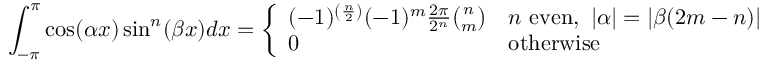
\int _ { - \pi } ^ { \pi } \cos ( \alpha x ) \sin ^ { n } ( \beta x ) d x = { \left\{ \begin{array} { l l } { ( - 1 ) ^ { \left( { \frac { n } { 2 } } \right) } ( - 1 ) ^ { m } { \frac { 2 \pi } { 2 ^ { n } } } { \binom { n } { m } } } & { n { \mathrm { ~ e v e n } } , \ | \alpha | = | \beta ( 2 m - n ) | } \\ { 0 } & { { \mathrm { o t h e r w i s e } } } \end{array} \right. }